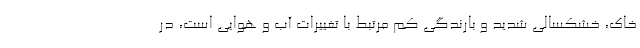
خاک، خشکسالی شدید و بارندگی کم مرتبط با تغییرات آب و هوایی است، در